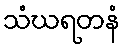
သံဃရတနံ